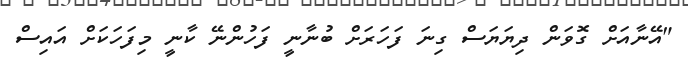
"އޭނާއަށް ގޮވަން ދިޔަޔަސް ގިނަ ފަހަރަށް ބުނާނީ ފަހުންނޭ ކާނީ މިފަހަކަށް އައިސް